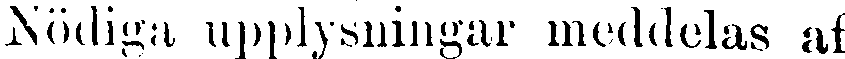
Nödiga upplysningar meddelas af